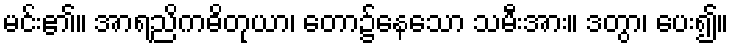
မင်း၏။ အာရညိကဓိတုယာ၊ တော၌နေသော သမီးအား။ ဒတွာ၊ ပေး၍။